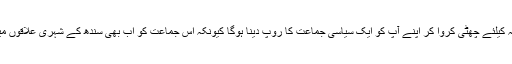
اس کو اپنی تنظیم نو کرنا ہوگی اور پارٹی سے تمام جرائم پیشہ افراد کی ہمیشہ ہمیشہ کیلئے چھٹی کروا کر اپنے آپ کو ایک سیاسی جماعت کا روپ دینا ہوگا کیونکہ اس جماعت کو اب بھی سندھ کے شہری علاقوں میں بڑی مقبولیت حاصل ہے تاہم اب اس جماعت کو اپنے طور طریقے بدلنا ہوں گے۔